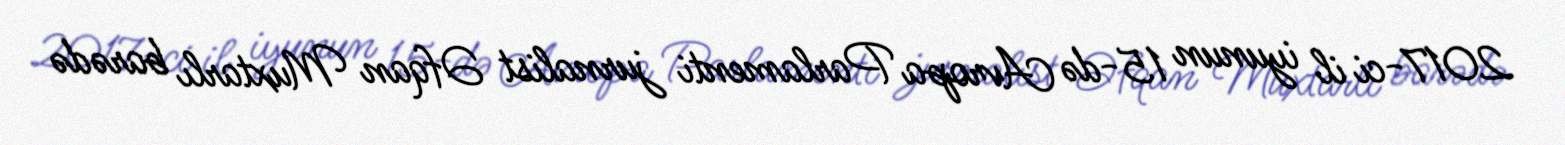
2017-ci il iyunun 15-də Avropa Parlamenti jurnalist Əfqan Muxtarlı barədə